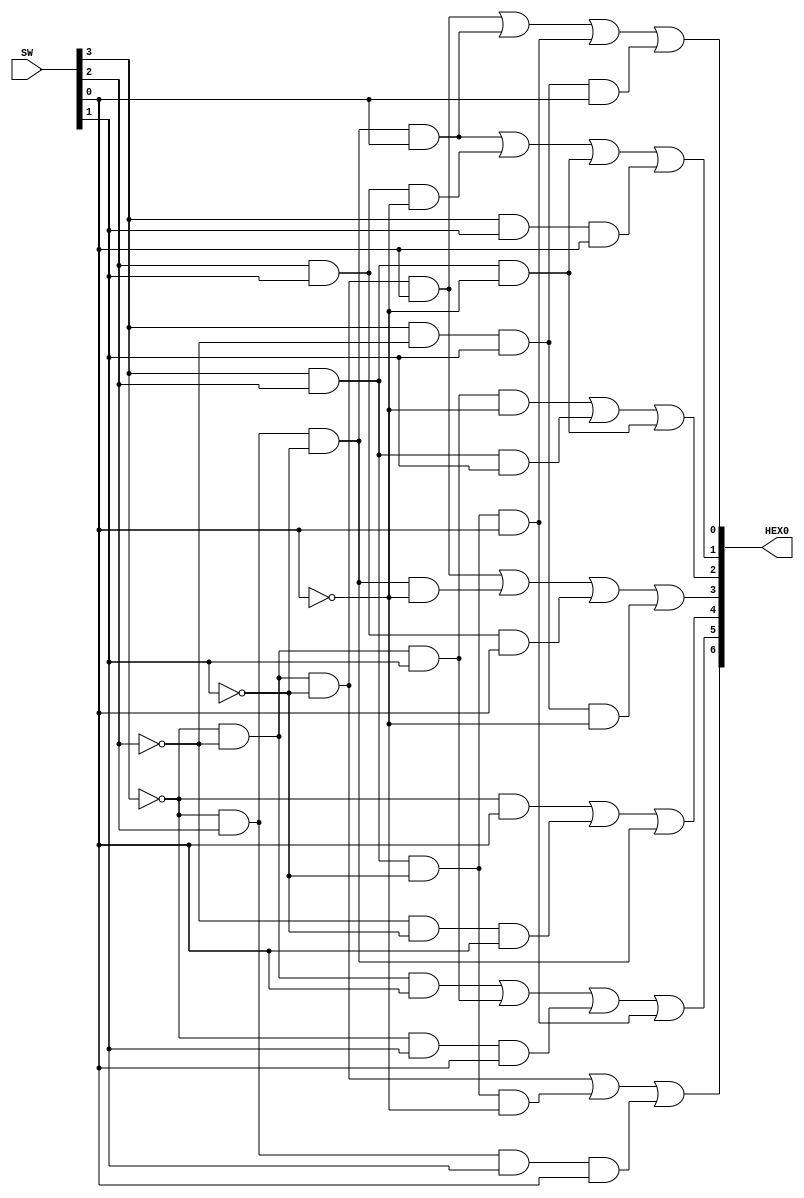
//SW[3:0] data inputs
//SW[9] select signal
//SW[8] select signal

//LEDR[0] output display

module hex(HEX0, SW);
    input [3:0] SW;
    output [6:0] HEX0;

    assign HEX0[0] = (~SW[3] & ~SW[2] & ~SW[1] & SW[0]) | (~SW[3] & SW[2] & ~SW[1] & SW[0]) | (SW[3] & SW[2] & ~SW[1] & SW[0]) | (SW[3] & ~SW[2] & SW[1] & SW[0]);

    assign HEX0[1] = (~SW[3] & SW[2] & ~SW[1] & SW[0]) | (SW[2] & SW[1] & ~SW[0]) | (SW[3] & SW[2] & ~SW[0]) | (SW[3] & SW[1] & SW[0]);

    assign HEX0[2] = (~SW[3] & ~SW[2] & SW[1] & ~SW[0]) | (SW[3] & SW[2] & SW[1]) | (SW[3] & SW[2] & ~SW[0]) ;

    assign HEX0[3] = (~SW[3] & ~SW[2] & ~SW[1] & SW[0]) | (~SW[3] & SW[2] & ~SW[1] & ~SW[0]) | (SW[2] & SW[1] & SW[0]) | (SW[3] & ~SW[2] & SW[1] & ~SW[0]);

    assign HEX0[4] = (~SW[3] & SW[0]) | (~SW[2] & ~SW[1] & SW[0]) | (~SW[3] & SW[2] & ~SW[1]);

    assign HEX0[5] = (~SW[3] & ~SW[2] & SW[0]) | (~SW[3] & ~SW[2] & SW[1]) | (~SW[3] & SW[1] & SW[0]) | (SW[3] & SW[2] & ~SW[1] & SW[0]);

    assign HEX0[6] = (~SW[3] & ~SW[2] & ~SW[1]) | (SW[3] & SW[2] & ~SW[1] & ~SW[0]) | (~SW[3] & SW[2] & SW[1] & SW[0]);

endmodule